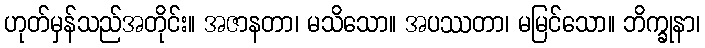
ဟုတ်မှန်သည်အတိုင်း။ အဇာနတာ၊ မသိသော။ အပဿတာ၊ မမြင်သော။ ဘိက္ခုနာ၊